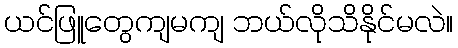
ယင်ဖြူတွေကျမကျ ဘယ်လိုသိနိုင်မလဲ။